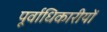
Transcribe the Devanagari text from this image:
पूर्वाधिकारीयों